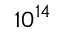
1 0 ^ { 1 4 }